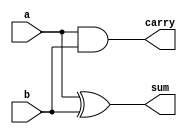
module half_adder ( a , b , sum , carry );
	
	input a,b;
	output sum, carry;
	
	xor x1 ( sum, a , b );
	and a1 ( carry , a , b );
	
endmodule

module full_adder ( in1 , in2 , Cin , sum , carry );

	input in1, in2, Cin;
	output sum, carry;
	wire ws1, wc1, wc2;
	
	half_adder ha1 ( in1 , in2 , ws1 , wc1 );
	half_adder ha2 ( ws1 , Cin , sum , wc2 );
	or r1 ( carry , wc1 , wc2 );
	

endmodule

module four_bit_comparator( x , y , v , n , z );

	input [3:0] x;
	input [3:0] y;
	output v,n,z;
	wire s0, s1, s2, s3;
	wire c1, c2, c3, c4;
	
	full_adder fa1 ( x[0] , ~y[0] , 1'b1 , s0 , c1 );
	full_adder fa2 ( x[1] , ~y[1] , c1 , s1 , c2 );
	full_adder fa3 ( x[2] , ~y[2] , c2 , s2 , c3 );
	full_adder fa4 ( x[3] , ~y[3] , c3 , s3 , c4 );
	
	nor nor1 ( z , s0 , s1 , s2 , s3 );
	xor xor1 ( v , c3 , c4 );
	
	assign n = s3;

endmodule


module BCD_adder( x , y , s , carry );

	input [3:0] x;
	input [3:0] y;
	output [3:0] s;
	output carry;
	
	wire s0, s1, s2, s3;
	wire c1, c2, c3, c4;
	
	full_adder fa1 ( x[0] , y[0] , 1'b0 , s0 , c1 );
	full_adder fa2 ( x[1] , y[1] , c1 , s1 , c2 );
	full_adder fa3 ( x[2] , y[2] , c2 , s2 , c3 );
	full_adder fa4 ( x[3] , y[3] , c3 , s3 , c4 );
	
	assign carry = c4;
endmodule


module BCD_adder_final( x , y , s , carry, carry2 );

	input [3:0] x;
	input [3:0] y;
	output [3:0] s;
	output carry , carry2;
	
	wire [3:0] ss;
	wire c1, w1 ,w2;
	
	BCD_adder bcd1 ( x , y , ss , c1 );
	
	and a1 ( w1 , ss[3] , ss[2] );
	and a2 ( w2 , ss[3] , ss[1] );
	or o1  ( carry , w1 , w2 , c1 );
	
	BCD_adder bcd2 ( ss , {1'b0,carry,carry,1'b0} , s , carry2 );
	

endmodule